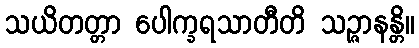
သယိတတ္တာ ပေါက္ခရသာတီတိ သဉ္ဇာနန္တိ။